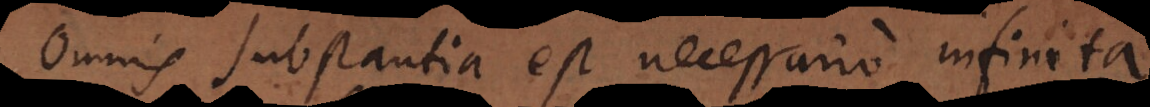
Omnis substantia est necessario infinita